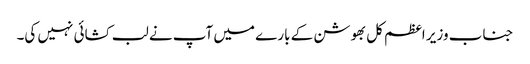
جناب وزیر اعظم کل بھوشن کے بارے میں آپ نے لب کشائی نہیں کی۔